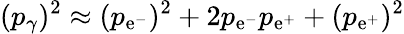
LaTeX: (p_{\gamma})^{2}\approx(p_{\mathrm{e}^{-}})^{2}+2p_{\mathrm{e}^{-}}p_{\mathrm{e}^{+}}+(p_{\mathrm{e}^{+}})^{2}